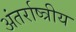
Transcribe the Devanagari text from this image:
अंतर्राष्त्रीय